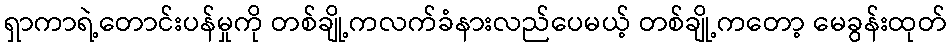
ရှာကာရဲ့တောင်းပန်မှုကို တစ်ချို့ကလက်ခံနားလည်ပေမယ့် တစ်ချို့ကတော့ မေခွန်းထုတ်